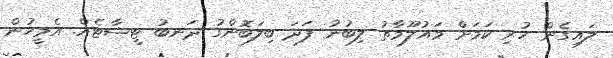
ލައިގެން ހުރި ކަމަށް މައުލޫމާތު ލިބުނު ފަދަ ބިލަބޮންގު ދަނބު ޓީޝާޓެއް. އެމީހުން